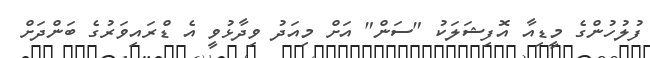
ފުލުހުންގެ މީޑިއާ އޮފިޝަލަކު "ސަން" އަށް މިއަދު ވިދާޅުވީ އެ ޑްރައިވަރުގެ ބަންދަށް